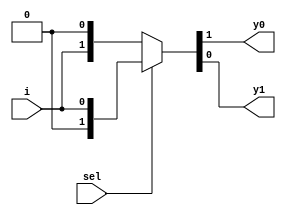
`timescale 1ns / 1ps

module demux_1_2(
    input sel,
    input i,
    output y0, y1
    );    
    assign {y0,y1} = sel?{1'b0,i}: {i,1'b0};
endmodule

module demux_and_gate(
    input a, b,
    output and_g
    );
    wire w;
    
    demux_1_2 andgate(b, a, w, and_g);
endmodule